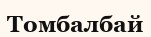
Томбалбай